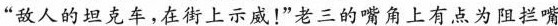
“敌人的坦克车，在街上示威！”老三的嘴角上有点为阻拦嘴